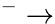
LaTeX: ^-\rightarrow